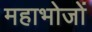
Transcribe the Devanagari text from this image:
महाभोजों